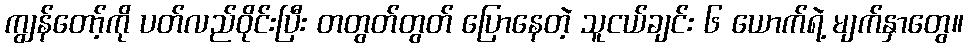
ကျွန်တော့်ကို ပတ်လည်ဝိုင်းပြီး တတွတ်တွတ် ပြောနေတဲ့ သူငယ်ချင်း ၆ ယောက်ရဲ့ မျက်နှာတွေ။